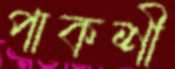
পাকশী